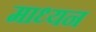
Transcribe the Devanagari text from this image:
माध्यन